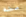
منه